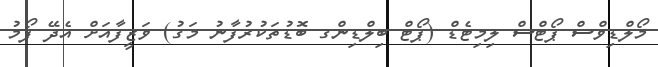
މޯލްޑިވްސް ޕޯޓްސް ލިމިޓެޑް (ޕޯޓް ބިލްޑިންގ ބޮޑުތަކުރުފާނު މަގު) ވަޒީފާއަށް އެދޭ ފޯމު